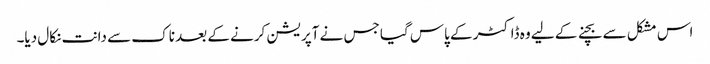
اس مشکل سے بچنے کے لیے وہ ڈاکٹر کے پاس گیا جس نے آپریشن کرنے کے بعد ناک سے دانت نکال دیا۔